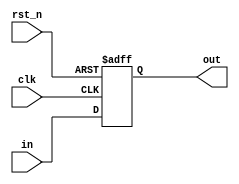
module ASYN_RESET(
input         clk,
input         rst_n,
input         in,
output reg    out
);

always @(posedge clk or negedge rst_n)
	if(rst_n == 1'b0)
		out <= 1'b0;
    else
		out <= in;

endmodule